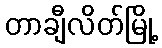
တာချီလိတ်မြို့